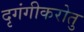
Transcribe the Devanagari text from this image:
दृगंगीकरोतु